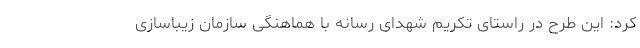
کرد: این طرح در راستای تکریم شهدای رسانه با هماهنگی سازمان زیباسازی